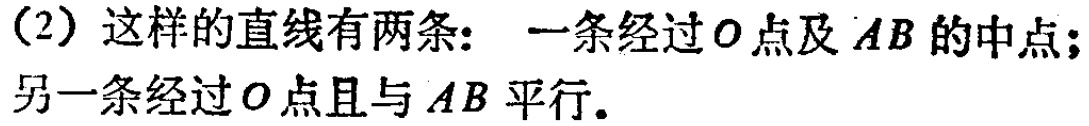
（2）这样的直线有两条： 一条经过\(O\)点及\(AB\)的中点；另一条经过\(O\)点且与\(AB\)平行.